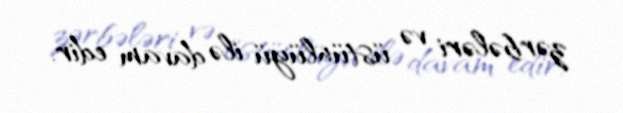
zərbələri və üstünlüyü ilə davam edir.